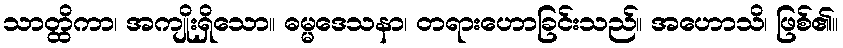
သာတ္ထိကာ၊ အကျိုးရှိသော။ ဓမ္မဒေသနာ၊ တရားဟောခြင်းသည်။ အဟောသိ၊ ဖြစ်၏။